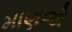
માણજો